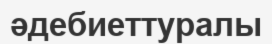
әдебиеттуралы